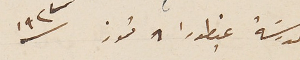
مدرسَة عينطورا ٨ تموز سنة ١٩٢٧